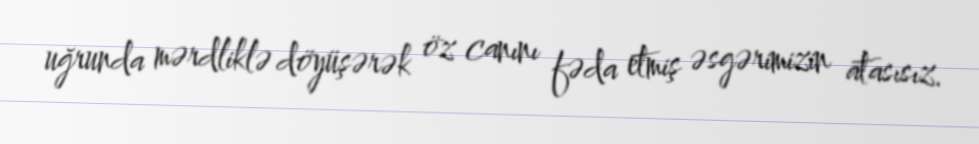
uğrunda mərdliklə döyüşərək öz canını fəda etmiş əsgərimizin atasısız.